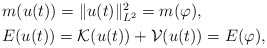
\begin{align*}\begin{aligned}&m(u(t)) = \|u(t)\|^2_{L^2} = m(\varphi), \\ &E(u(t)) = \mathcal{K}(u(t)) + \mathcal{V}(u(t)) = E(\varphi),\end{aligned}\end{align*}